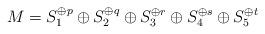
LaTeX: \begin{align*}M = S_1^{\oplus p} \oplus S_2^{\oplus q} \oplus S_3^{\oplus r} \oplus S_4^{\oplus s} \oplus S_5^{\oplus t} \end{align*}